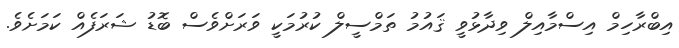
އިބްރާހިމް އިސްމާއިލް ވިދާޅުވީ ޤައުމު ތަމްސީލް ކުރުމަކީ ވަރަށްވެސް ބޮޑު ޝަރަފެއް ކަމަށެވެ.